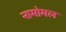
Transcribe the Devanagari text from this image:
नामोमल